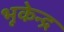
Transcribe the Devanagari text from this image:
भूकेन्द्र